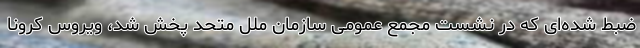
ضبط شده‌ای که در نشست مجمع عمومی سازمان ملل متحد پخش شد، ویروس کرونا